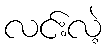
လင်းလဲ့